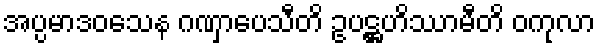
အပ္ပမာဒဝသေန ဂဏှာပေသီတိ ဥပဋ္ဌဟိဿာမီတိ ဝကုလာ